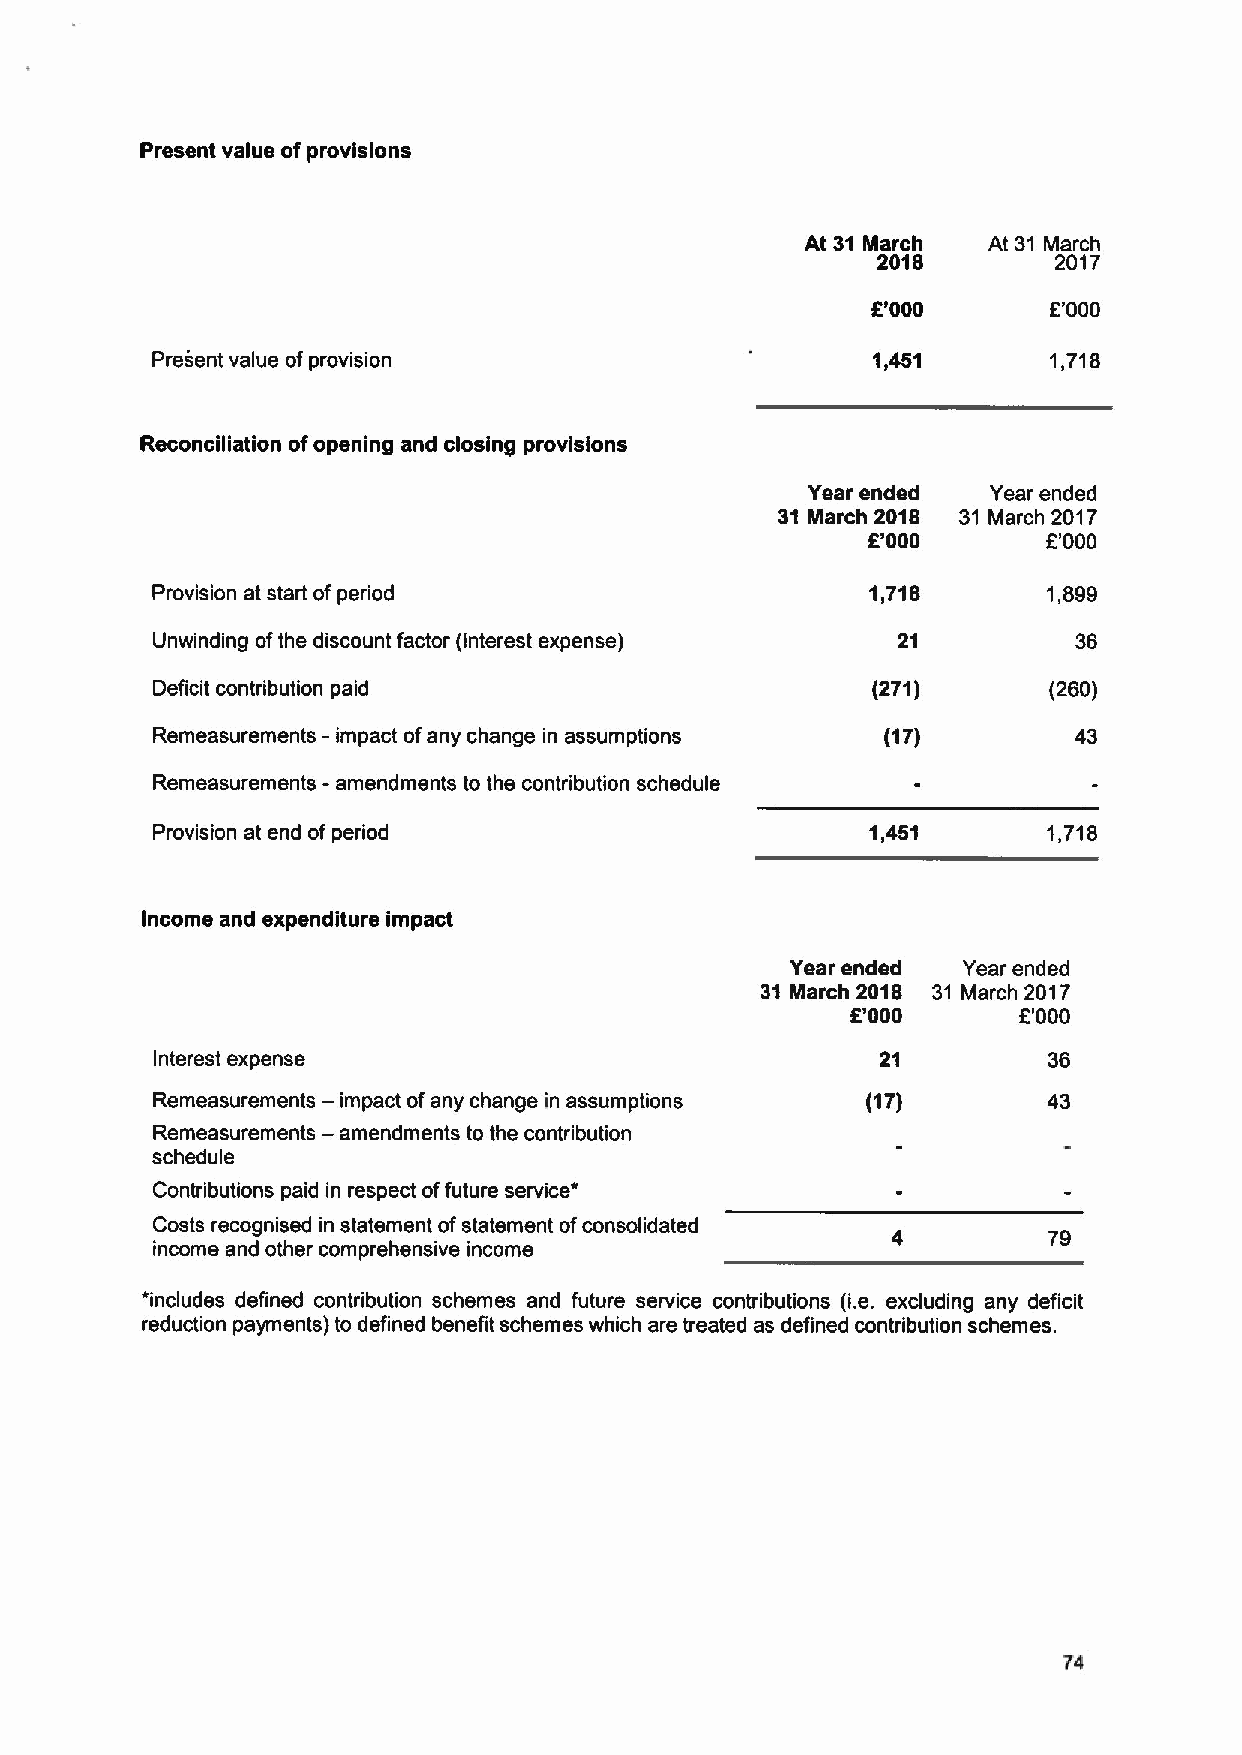
Present value of provisions
 At 31 March At 31 March
 2018        2017
 8'000       6'000
 Present value ofprovision                       1,451       1,718
 Reconciliation ofopening and closing provisions
 Year ended   Year ended
 31 March 2018 31 March 2017
 8'000       6'000
 Provision at start ofperiod                     1,718      1,899
 Unwinding ofthe discount factor (interest expense) 21        36
 Deficit contribution paid                       (271)      (260)
 Remeasurements - impact ofany change in assumptions (17)     43
 -
 Remeasurements amendments to the contribution schedule
 Provision at end of period                      1,451      1,718
 Income and expenditure impact
 Year ended  Year ended
 31 March 2018 31 March 2017
 6'000      6'000
 Interest expense                                21         36
 —
 Remeasurements impact ofany change in assumptions (17)     43
 —
 Remeasurements amendments to the contribution
 schedule
 Contributions paid in respect offuture service*
 Costs recognised in statement ofstatement ofconsolidated
 4         79
 income and other comprehensive income
 *includes defined contribution schemes and future service contributions (i.e. excluding any deficit
 reduction payments) to defined benefit schemes which are treated as defined contribution schemes.